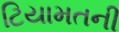
ટિયામતની